Jaan_Tonisson_(Lasteleht), lk 59
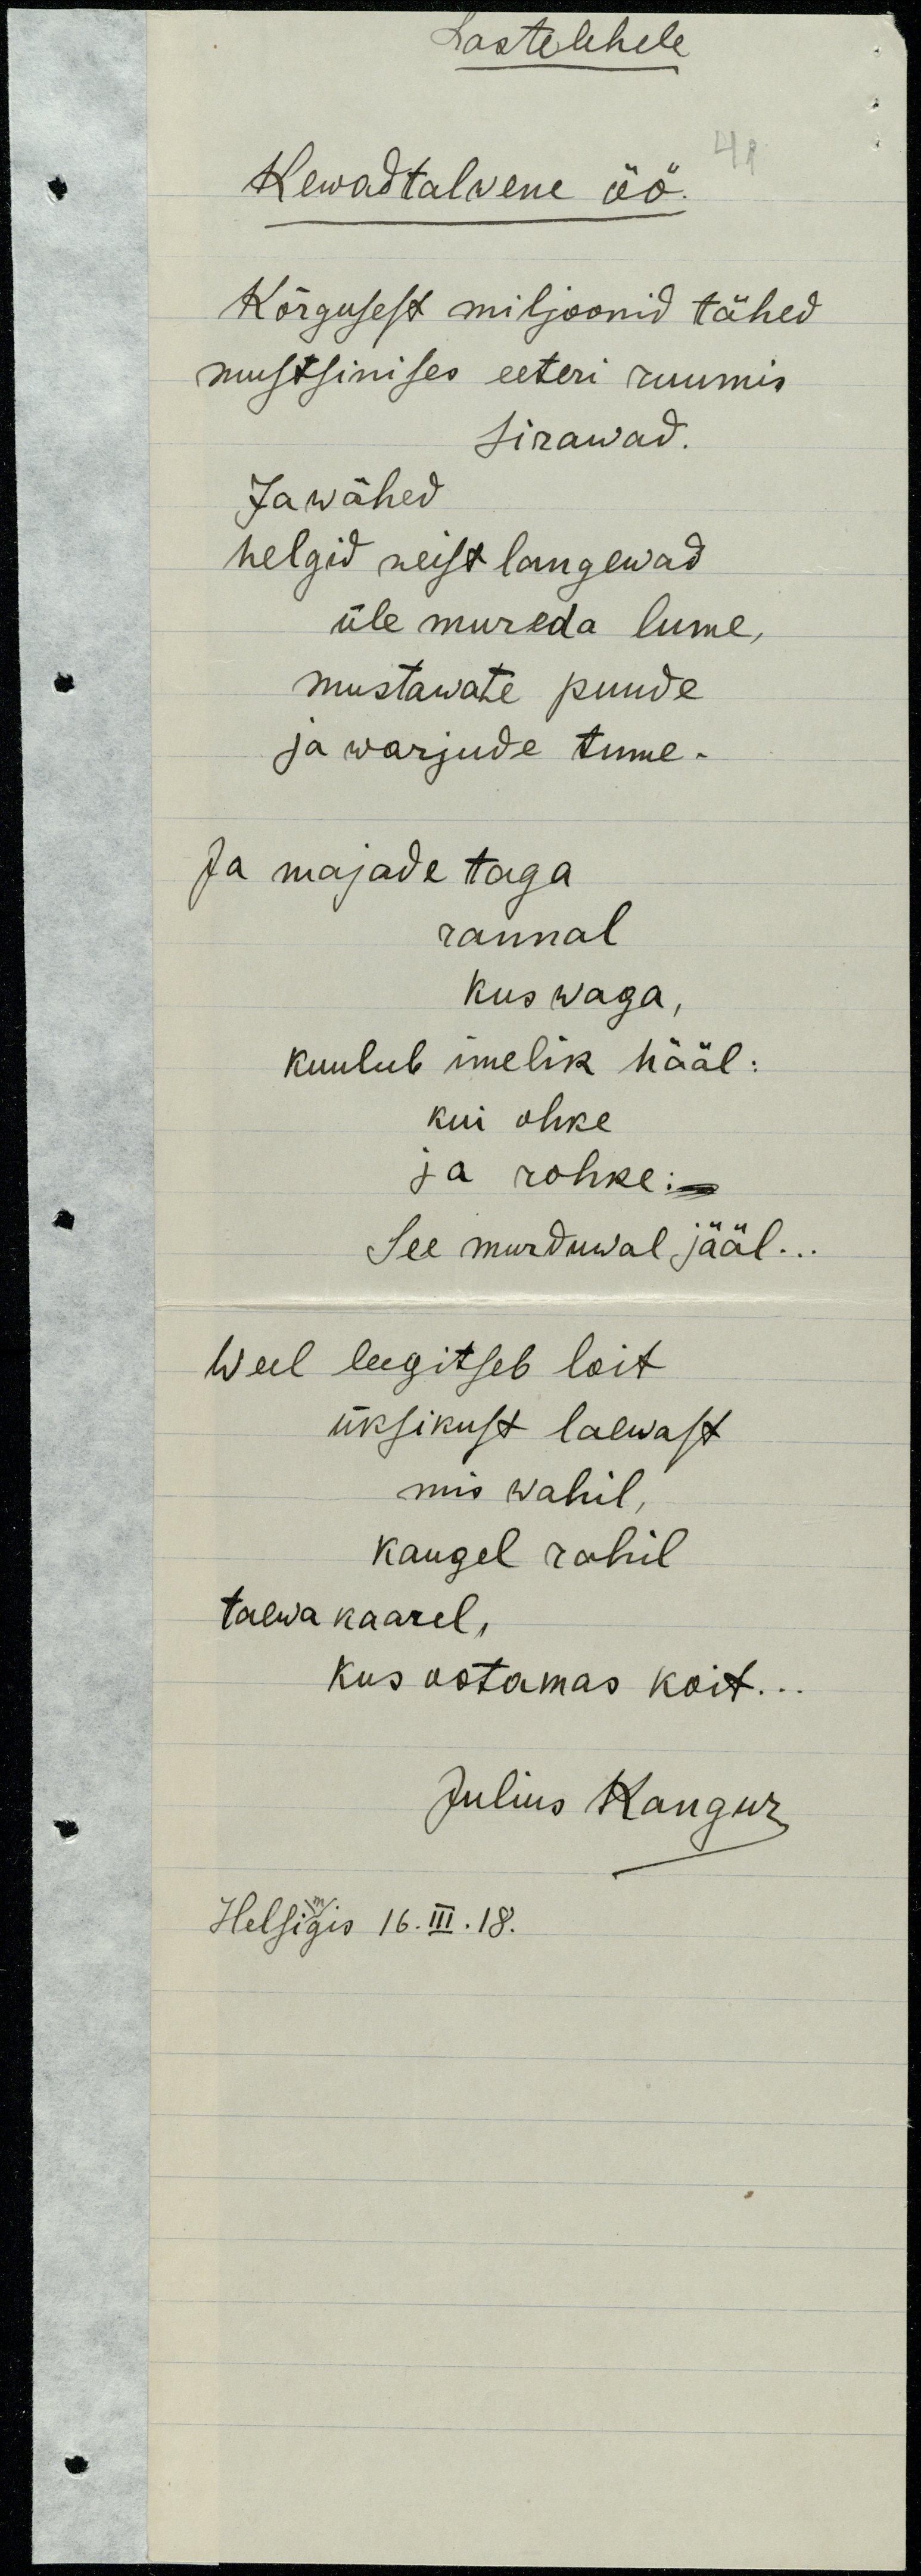
Lastelehele
41
Kewadtalwene öö.
Kõrgusest miljoonid tähed
mustsinises eeteri ruumis
sirawad.
Ja wähed
helgid neist langewad
üle mureda lume,
mustawate puude
ja warjude tume.
Ja majade taga
rannal
kus waga,
kuulub imelik hääl :
kui ohke
ja rohke :
See murduwal jääl . . .
Weel leegitseb loit
üksikust laewast
mis wahil,
kaugel rahil
taewa kaarel,
kus ootamas koit . . .
Julius Kangur
Helsigis 16.III.18.